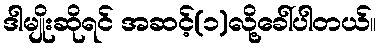
ဒါမျိုးဆိုရင် အဆင့်(၁)လို့ခေါ်ပါတယ်။